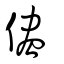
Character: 儘